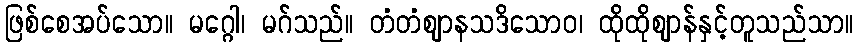
ဖြစ်စေအပ်သော။ မဂ္ဂေါ၊ မဂ်သည်။ တံတံဈာနသဒိသောဝ၊ ထိုထိုဈာန်နှင့်တူသည်သာ။